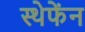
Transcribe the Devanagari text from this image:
स्ठेफेंन